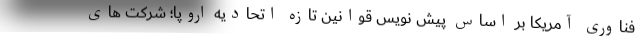
فناوری آمریکا بر اساس پیش نویس قوانین تازه اتحادیه اروپا؛ شرکت های